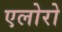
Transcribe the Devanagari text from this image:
एलोरो